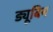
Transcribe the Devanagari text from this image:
ड्यूबिन